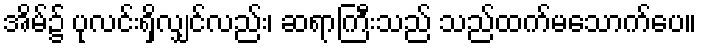
အိမ်၌ ပုလင်းရှိလျှင်လည်း၊ ဆရာကြီးသည် သည်ထက်မသောက်ပေ။